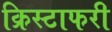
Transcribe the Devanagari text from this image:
क्रिस्टाफरी